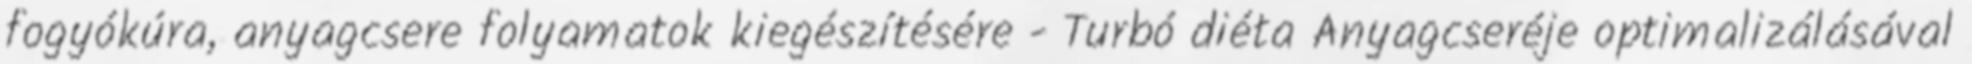
fogyókúra, anyagcsere folyamatok kiegészítésére - Turbó diéta Anyagcseréje optimalizálásával